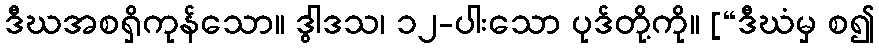
ဒီဃအစရှိကုန်သော။ ဒွါဒသ၊ ၁၂-ပါးသော ပုဒ်တို့ကို။ [“ဒီဃံမှ စ၍